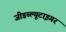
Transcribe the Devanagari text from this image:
जीडब्ल्यूटाइगर